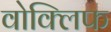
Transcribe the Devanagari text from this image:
वोक्लिफ